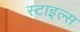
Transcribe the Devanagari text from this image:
स्‍टाइल्‍स